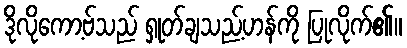
ဒိုလိုကော့ဗ်သည် ရှုတ်ချသည့်ဟန်ကို ပြုလိုက်၏။